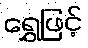
ရွှေဖြင့်